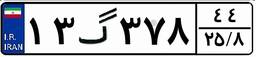
۱۳گ۳۷۸۴۴